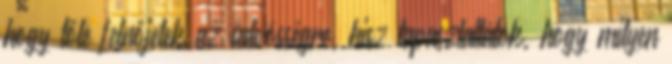
hogy tőle felnőjetek az üdvösségre, hisz tapasztaltátok, hogy milyen